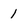
Character: 1